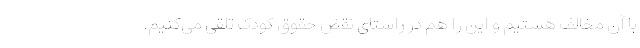
با آن مخالف هستیم و این را هم در راستای نقض حقوق کودک تلقی می‌کنیم.